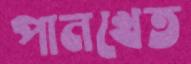
পানখেত